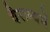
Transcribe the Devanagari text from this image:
वैराग्यमें